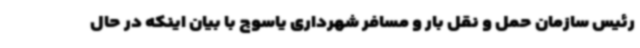
رئیس سازمان حمل و نقل بار و مسافر شهرداری یاسوج با بیان اینکه در حال